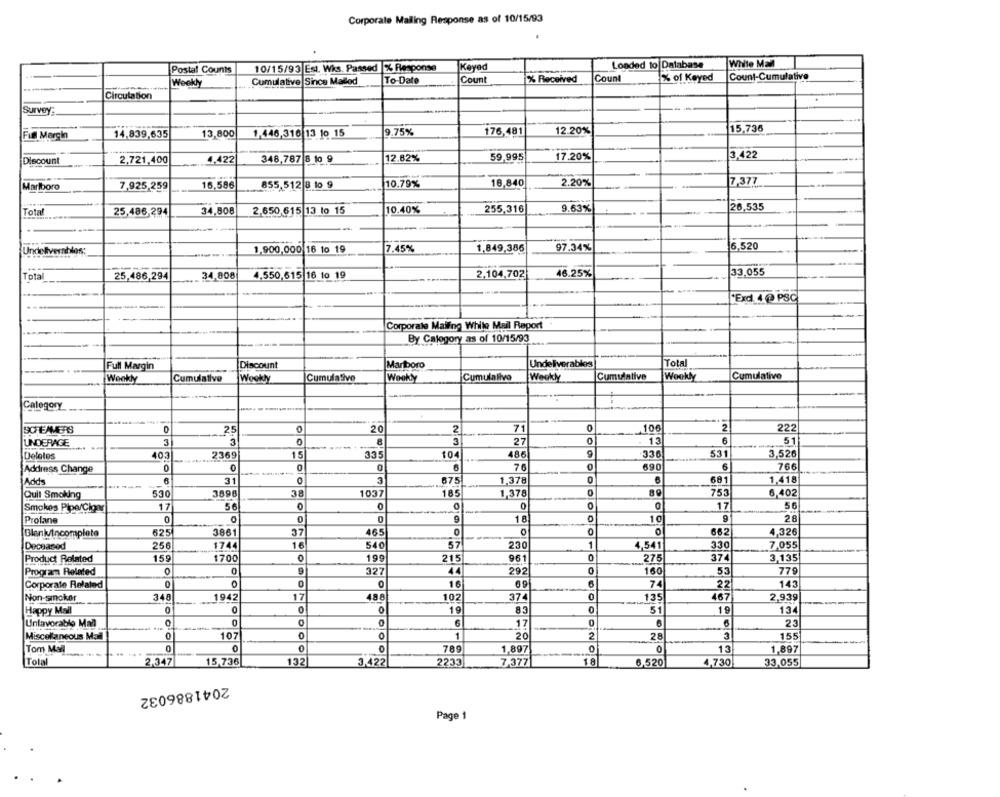
Corporate Mailing Response as of 10/15/93
Loaded to Database
White Mall
Postal Counts
10/15/93 Est. Wks. Passed % Response
Keyed
Cumulative Since Mallod
To-Date
Count
% Received
Count
% of Keyed
Count-Cumulative
Weekly
Circulation
Survey:
15,736
Full Margin
14.839,635
13,800
1,446,316 13 10 15
9.75%
176,481
12.20%
2,721,400
4,422
348,787 8 1o 9
12.82%
59,995
17.20%
3,422
Discount
10.79%
18,840
2.20%
17.377
Marlboro
7,925,259
16.586
855,512 8 10 9
26,535
Total
25,486,294
34,808
2,650 615 13 lo 15
10.40%
255,316
9.63%
7.45%
1,849,386
97.34%
6,520
Undeliverables:
1,900,000 16 10 19
33.055
Total
25,486,294
34,808
4.550,615 16 10 19
2,104,702
46.25%
'Exd 4 @ PSC
Corporale Mailing While Mail Raport
By Calogory as of 10/15/93
Full Margin
Discount
Marlboro
Undeliverables
Total
Weekly
Cumulative
Cumulative
Weekly
Cumulative
Wookly
Cumulative
Wookly
Cumulalive
Woolly
Category
SCREAMERS
25
20
2
71
0
106
2
222
--
UNDERAGE
3
3
0
3
27
13
51
Deletes
403
2369
15
335
104
486
336
531
3,520
Address Change
0
0
6
76
0
690
6
766
0
6
681
1,418
Adds
31
675
1,378
Quit Smoking
530
3898
3
1037
185
1,378
0
753
6,402
Smokes Pipe/Cigar
17
0
0
0
O
17
56
Profane
0
0
18
10
9
28
BlankIncomplete
625
3861
37
465
---
0
662
4,326
Deceased
250
1744
16
540
57
230
1
4,541
330
7,055
Product Related
155
1700
199
215
961
0
275
374
3.135
Program Related
0
0
327
44
292
0
160
53
779
0
69
7
Corporate Related
16
22
143
Non-smoker
348
1942
17
488
102
374
135
467
2,939
Happy Mall
0
0
19
83
0
51
19
134
17
0
2
Unfavorable Mail
Miscellaneous Mail
0
107
1
20
2
28
155
Tom Mail
0
0
789
1,897
0
13
1.897
Total
2,347
15,736
132
3,422
2233
7,377
6,520
4,730
33,055
2041886032
Page 1